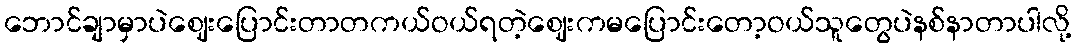
ဘောင်ချာမှာပဲဈေးပြောင်းတာတကယ်ဝယ်ရတဲ့ဈေးကမပြောင်းတော့ဝယ်သူတွေပဲနစ်နာတာပါလို့